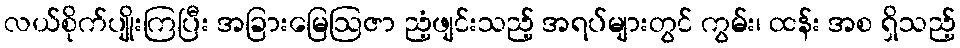
လယ်စိုက်ပျိုးကြပြီး အခြားမြေဩဇာ ညံ့ဖျင်းသည့် အရပ်များတွင် ကွမ်း၊ ထန်း အစ ရှိသည့်